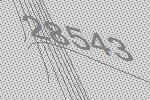
28543